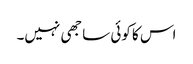
اس کا کوئی ساجھی نہیں۔